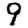
Digit: 9